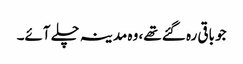
جو باقی رہ گئے تھے، وہ مدینہ چلے آئے۔